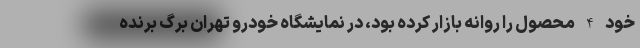
خود 4 محصول را روانه بازار کرده بود، در نمایشگاه خودرو تهران برگ برنده